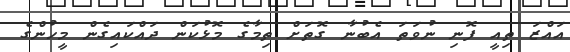
އައްޒަ ތިއީ ފޮނި ނުވަތަ އެބުނާ ގޮތަށް ތިމާގެ މޮޅުކަން ދައްކައިގެން މީހުންގެ